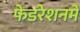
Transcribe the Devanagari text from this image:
फेडरेशनमें